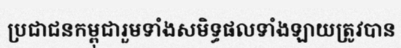
ប្រជាជនកម្ពុជារួមទាំងសមិទ្ធផលទាំងឡាយត្រូវបាន